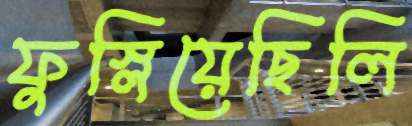
ফুস্‌লিয়েছিলি